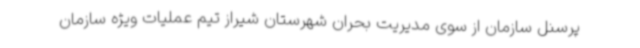
پرسنل سازمان از سوی مدیریت بحران شهرستان شیراز تیم عملیات ویژه سازمان